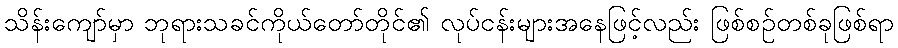
သိန်းကျော်မှာ ဘုရားသခင်ကိုယ်တော်တိုင်၏ လုပ်ငန်းများအနေဖြင့်လည်း ဖြစ်စဉ်တစ်ခုဖြစ်ရာ